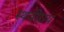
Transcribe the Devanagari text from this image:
स्थवीराय